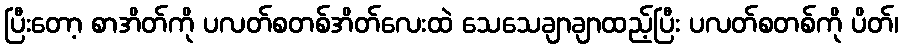
ပြီးတော့ စာအိတ်ကို ပလတ်စတစ်အိတ်လေးထဲ သေသေချာချာထည့်ပြီး ပလတ်စတစ်ကို ပိတ်၊